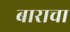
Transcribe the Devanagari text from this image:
बाराचा